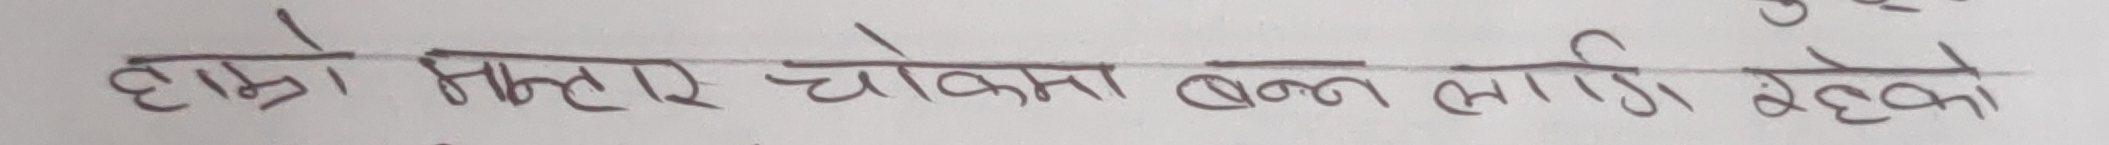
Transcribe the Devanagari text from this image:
हाम्रो मसार चोक्सा बन्न लागि रहेको